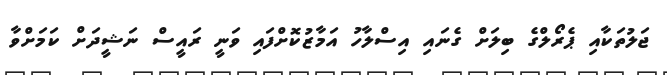
ޖަލުތަކާއި ޕެރޯލްގެ ބިލަށް ގެނައި އިސްލާހު އަމާޒުކޮށްފައި ވަނީ ރައީސް ނަޝީދަށް ކަމަށްވާ